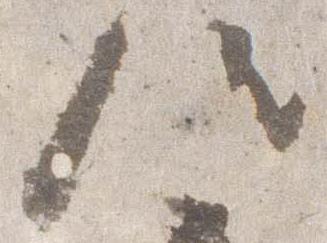
候